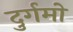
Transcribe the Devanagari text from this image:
दुर्गमो